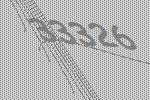
33326